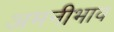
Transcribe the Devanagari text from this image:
अमनीभाव